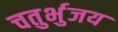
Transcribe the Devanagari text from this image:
चतुर्भुजय